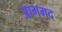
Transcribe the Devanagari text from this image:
आगमद